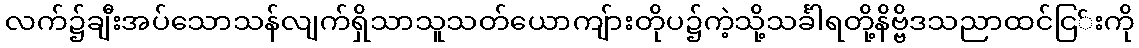
လက်၌ချီးအပ်သောသန်လျက်ရှိသာသူသတ်ယောကျ်ားတိုပ၌ကဲ့သို့သင်္ခါရတို့နိဗ္ဗိဒသညာထင်ငြ်းကို